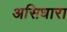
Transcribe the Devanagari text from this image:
असिधारा